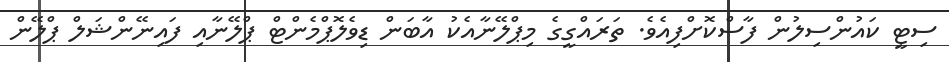
ސިޓީ ކައުންސިލުން ފާސްކޮށްފިއެވެ. ތަރައްގީގެ މިޕްލޭނާއެކު އާބަން ޑިވެލޮޕްމެންޓް ޕްލޭނާއި ފައިނޭންޝަލް ޕްލޭން